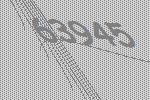
63945